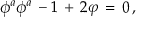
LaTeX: \phi ^ { a } \phi ^ { a } \, - 1 \, + \, 2 \varphi \, = \, 0 \, ,